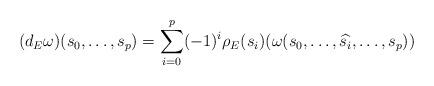
LaTeX: \begin{align*}(d_E\omega)(s_0,\ldots,s_p)=\sum_{i=0}^p(-1)^i\rho_E(s_i)(\omega(s_0,\ldots,\widehat{s_i},\ldots,s_p))\end{align*}